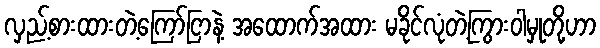
လှည့်စားထားတဲ့ကြော်ငြာနဲ့ အထောက်အထား မခိုင်လုံတဲ့ကြွားဝါမှုတို့ဟာ